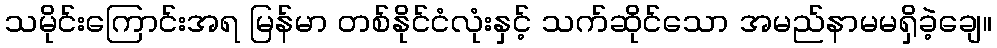
သမိုင်းကြောင်းအရ မြန်မာ တစ်နိုင်ငံလုံးနှင့် သက်ဆိုင်သော အမည်နာမမရှိခဲ့ချေ။